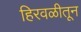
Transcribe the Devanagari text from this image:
हिरवळीतून